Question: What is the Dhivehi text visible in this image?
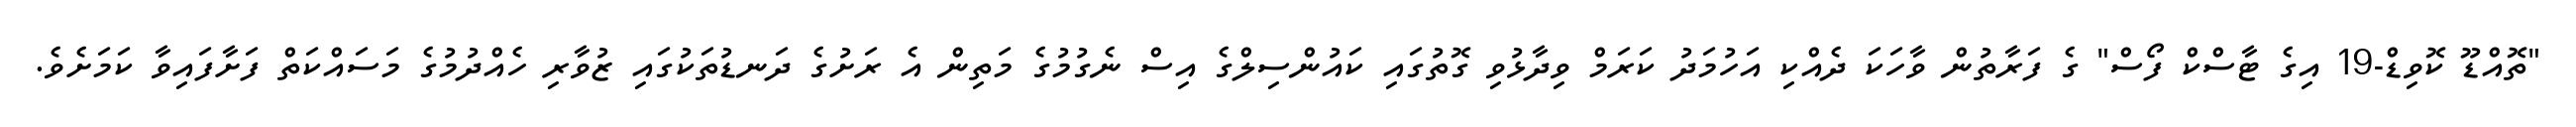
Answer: "ތޮއްޑޫ ކޮވިޑް-19 އިގެ ޓާސްކް ފޯސް" ގެ ފަރާތުން ވާހަކަ ދެއްކި އަހުމަދު ކަރަމް ވިދާޅުވި ގޮތުގައި ކައުންސިލްގެ އިސް ނެގުމުގެ މަތިން އެ ރަށުގެ ދަނޑުތަކުގައި ޒުވާރި ހެއްދުމުގެ މަސައްކަތް ފަށާފައިވާ ކަމަށެވެ.